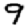
Digit: 9